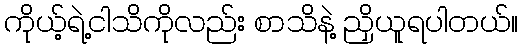
ကိုယ့်ရဲ့ငါသိကိုလည်း စာသိနဲ့ ညှိယူရပါတယ်။